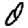
Digit: 0